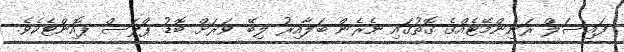
ފައިސަލް ރަނިންމޭޓެއްގެ ގޮތުގައި ނެރެން ބަލާއިރު ލިބޭ ވަރަށް ބޮޑު ޕްލަސް ޕޮއިންޓެކެވެ.